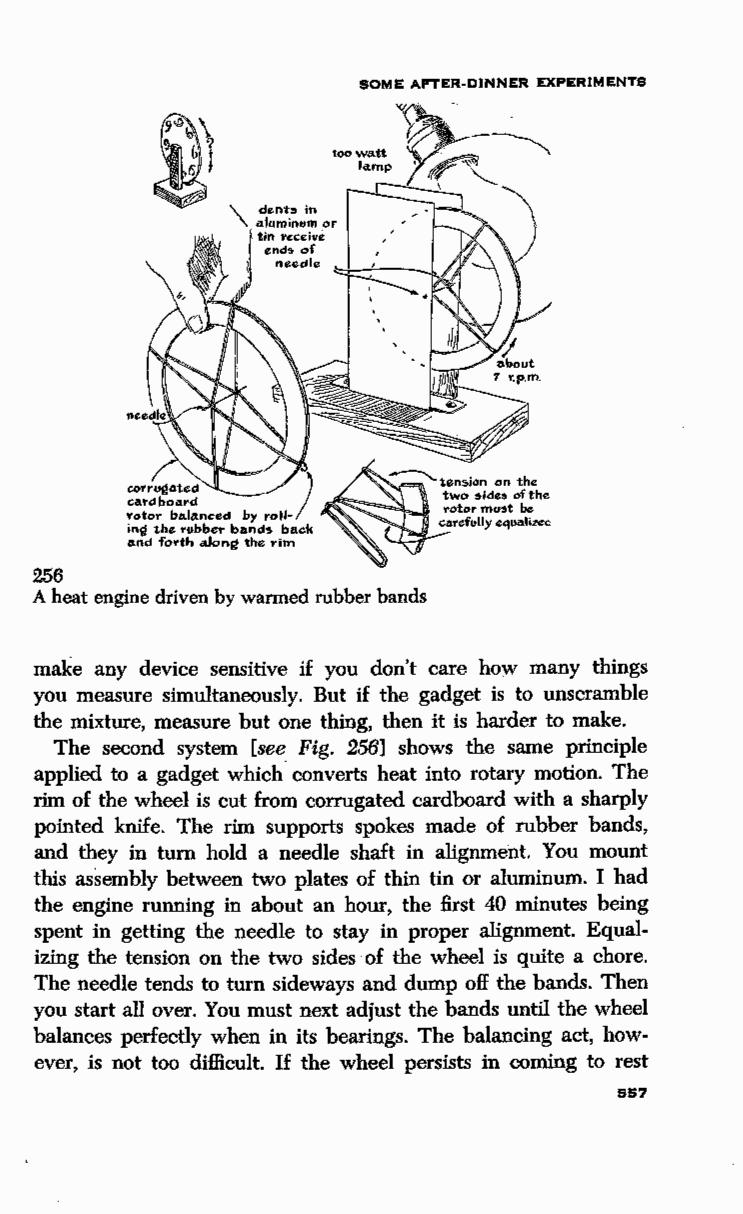
SOME AFTER-DINNER EXPERIMENTS
 256
 A heat engine driven by warmed rubber bands
 make any device sensitive if you don't care how many things
 you measure simultaneously. But if the gadget is to unscramble
 the mixture, measure but one thing, then it is harder to make.
 The second system [see Fig. 256] shows the same principle
 applied to a gadget which. converts heat into rotary motion. The
 rim of the wheel is cut from corrugated cardboard with a sharply
 pointed knife. The rim supports spokes made of rubber bands,
 and they in turn hold a needle shaft in alignment. You mount
 this assembly between two plates of thin tin or aluminum. I had
 the engine running in about an hour, the first 40 minutes being
 spent in getting the needle to stay in proper alignment. Equal
 izing the tension on the two sides ·of the wheel is quite a chore.
 The needle tends to turn sideways and dump off the bands. Then
 you start all over. You must next adjust the bands until the wheel
 balances perfectly when in its bearings. The balancing act, how
 ever, is not too difficult. If the wheel persists in coming to rest
 557